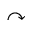
\curvearrowright